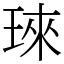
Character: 琜